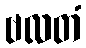
ဗလတံ